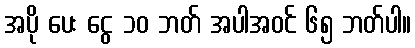
အပို ပေး ငွေ ၁၀ ဘတ် အပါအဝင် ၆၅ ဘတ်ပါ။